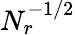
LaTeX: N_{r}^{-1/2}